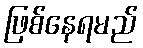
ဖြစ်နေရမည်